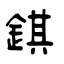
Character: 錤